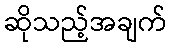
ဆိုသည့်အချက်